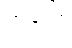
ဘဒြော